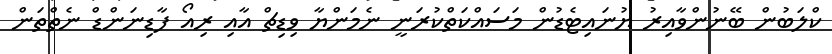
ކްލަބުން ބޭނުންވާއިރު ޔުނައިޓެޑުން މަސައްކަތްކުރަނީ ނެމަންޔާ ވިޑިޗް އާއި ރިއޯ ފާޑިނަންޑް ނެތްތަން